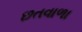
છતવાળા